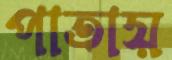
পাতায়